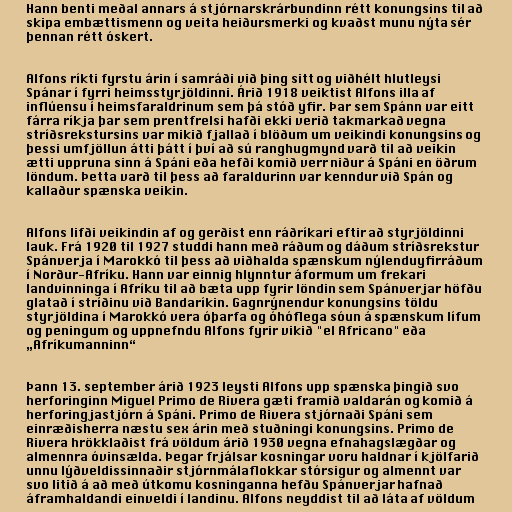
Hann benti meðal annars á stjórnarskrárbundinn rétt konungsins til að
skipa embættismenn og veita heiðursmerki og kvaðst munu nýta sér
þennan rétt óskert.

Alfons ríkti fyrstu árin í samráði við þing sitt og viðhélt hlutleysi
Spánar í fyrri heimsstyrjöldinni. Árið 1918 veiktist Alfons illa af
inflúensu í heimsfaraldrinum sem þá stóð yfir. Þar sem Spánn var eitt
fárra ríkja þar sem prentfrelsi hafði ekki verið takmarkað vegna
stríðsrekstursins var mikið fjallað í blöðum um veikindi konungsins og
þessi umfjöllun átti þátt í því að sú ranghugmynd varð til að veikin
ætti uppruna sinn á Spáni eða hefði komið verr niður á Spáni en öðrum
löndum. Þetta varð til þess að faraldurinn var kenndur við Spán og
kallaður spænska veikin.

Alfons lifði veikindin af og gerðist enn ráðríkari eftir að styrjöldinni
lauk. Frá 1920 til 1927 studdi hann með ráðum og dáðum stríðsrekstur
Spánverja í Marokkó til þess að viðhalda spænskum nýlenduyfirráðum
í Norður-Afríku. Hann var einnig hlynntur áformum um frekari
landvinninga í Afríku til að bæta upp fyrir löndin sem Spánverjar höfðu
glatað í stríðinu við Bandaríkin. Gagnrýnendur konungsins töldu
styrjöldina í Marokkó vera óþarfa og óhóflega sóun á spænskum lífum
og peningum og uppnefndu Alfons fyrir vikið "el Africano" eða
„Afríkumanninn“

Þann 13. september árið 1923 leysti Alfons upp spænska þingið svo
herforinginn Miguel Primo de Rivera gæti framið valdarán og komið á
herforingjastjórn á Spáni. Primo de Rivera stjórnaði Spáni sem
einræðisherra næstu sex árin með stuðningi konungsins. Primo de
Rivera hrökklaðist frá völdum árið 1930 vegna efnahagslægðar og
almennra óvinsælda. Þegar frjálsar kosningar voru haldnar í kjölfarið
unnu lýðveldissinnaðir stjórnmálaflokkar stórsigur og almennt var
svo litið á að með útkomu kosninganna hefðu Spánverjar hafnað
áframhaldandi einveldi í landinu. Alfons neyddist til að láta af völdum